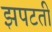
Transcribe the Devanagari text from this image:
झपटती